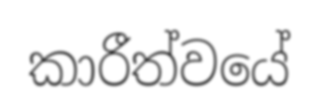
කාරීත්වයේ